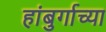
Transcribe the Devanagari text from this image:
हांबुर्गाच्या